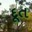
દૂત